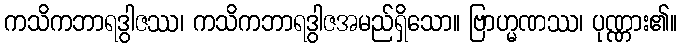
ကသိကဘာရဒွါဇဿ၊ ကသိကဘာရဒွါဇအမည်ရှိသော။ ဗြာဟ္မဏဿ၊ ပုဏ္ဏား၏။